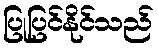
ပြုပြင်နိုင်သည်